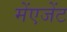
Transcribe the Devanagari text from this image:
मेंएजेंट